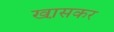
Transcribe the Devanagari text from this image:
खा़सकर